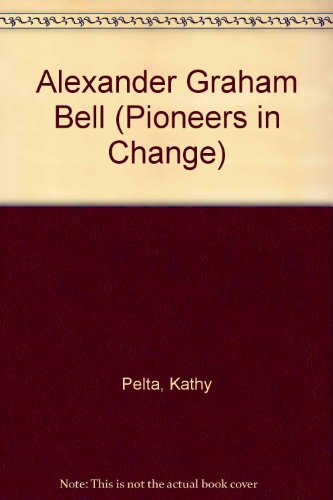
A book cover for Alexander Graham Bell (Pioneers in Change); Kathy Pelta; Children's Books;